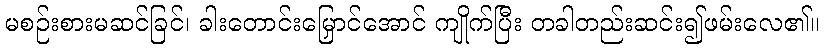
မစဉ်းစားမဆင်ခြင်၊ ခါးတောင်းမြှောင်အောင် ကျိုက်ပြီး တခါတည်းဆင်း၍ဖမ်းလေ၏။